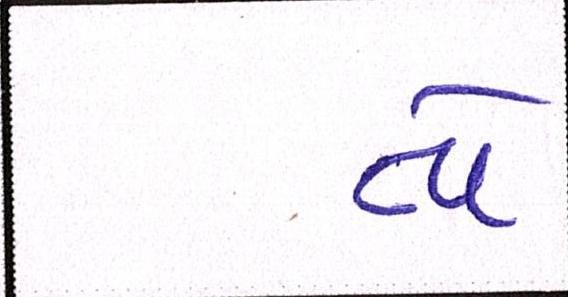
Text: વો